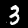
Digit: 3